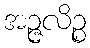
အဉ္ဇလိဉ္စ